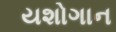
યશોગાન